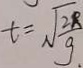
t = \sqrt { \frac { 2 R } { g } }